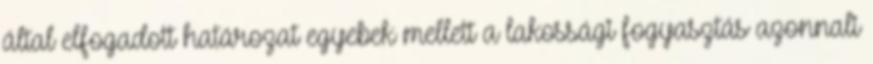
által elfogadott határozat egyebek mellett a lakossági fogyasztás azonnali